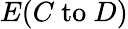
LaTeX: E(C{\mathrm{~to~}}D)